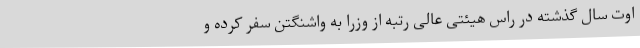
اوت سال گذشته در راس هیئتی عالی رتبه از وزرا به واشنگتن سفر کرده و